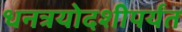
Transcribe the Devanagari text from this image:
धनत्रयोदशीपर्यंत